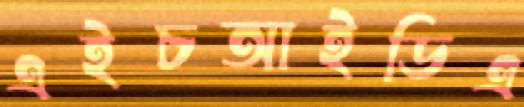
এইচআইডিএ